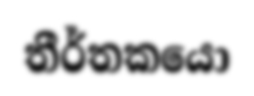
තීර්තකයො